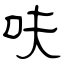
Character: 呋